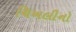
ચિખલીનો